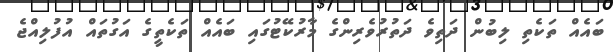
ބައެއް ތަކެތި ލިބުން ދަތިވެ ދަތުރުވެރިންގެ މާރުކޭޓުގައި ބައެއް ތަކެތީގެ އަގުތައް އުފުލިއްޖެ